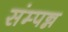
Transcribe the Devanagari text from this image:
संम्पन्न